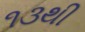
૧૩થી